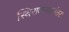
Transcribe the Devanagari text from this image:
स्थिरावल्यानंतर